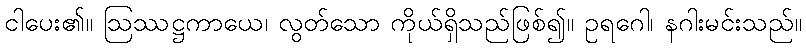
ငါပေး၏။ ဩဿဋ္ဌကာယေ၊ လွတ်သော ကိုယ်ရှိသည်ဖြစ်၍။ ဥရဂေါ၊ နဂါးမင်းသည်။